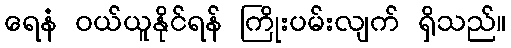
ရေနံ ဝယ်ယူနိုင်ရန် ကြိုးပမ်းလျက် ရှိသည်။